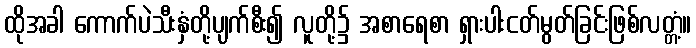
ထိုအခါ ကောက်ပဲသီးနှံတို့ပျက်စီး၍ လူတို့၌ အစာရေစာ ရှားပါးငတ်မွတ်ခြင်းဖြစ်လတ္တံ့။